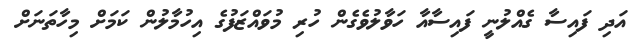
އަދި ފައިސާ ގެއްލުނީ ފައިސާއާ ހަވާލުވެގެން ހުރި މުވައްޒަފުގެ އިހުމާލުން ކަމަށް މިހާތަނަށް